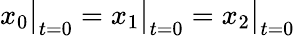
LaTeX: x_{0}\big|_{t=0}=x_{1}\big|_{t=0}=x_{2}\big|_{t=0}